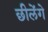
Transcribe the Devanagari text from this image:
छीलेंगे